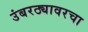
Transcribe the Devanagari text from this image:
उंबरठ्यावरचा